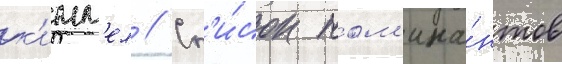
к'имм'ел // Сп'и́сок ном'ина́нтов